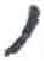
אות: ,